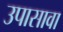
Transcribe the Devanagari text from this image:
उपासावा